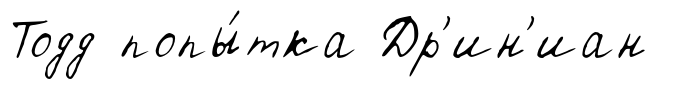
Тодд попы́тка Др'ин'иан